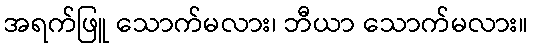
အရက်ဖြူ သောက်မလား၊ ဘီယာ သောက်မလား။